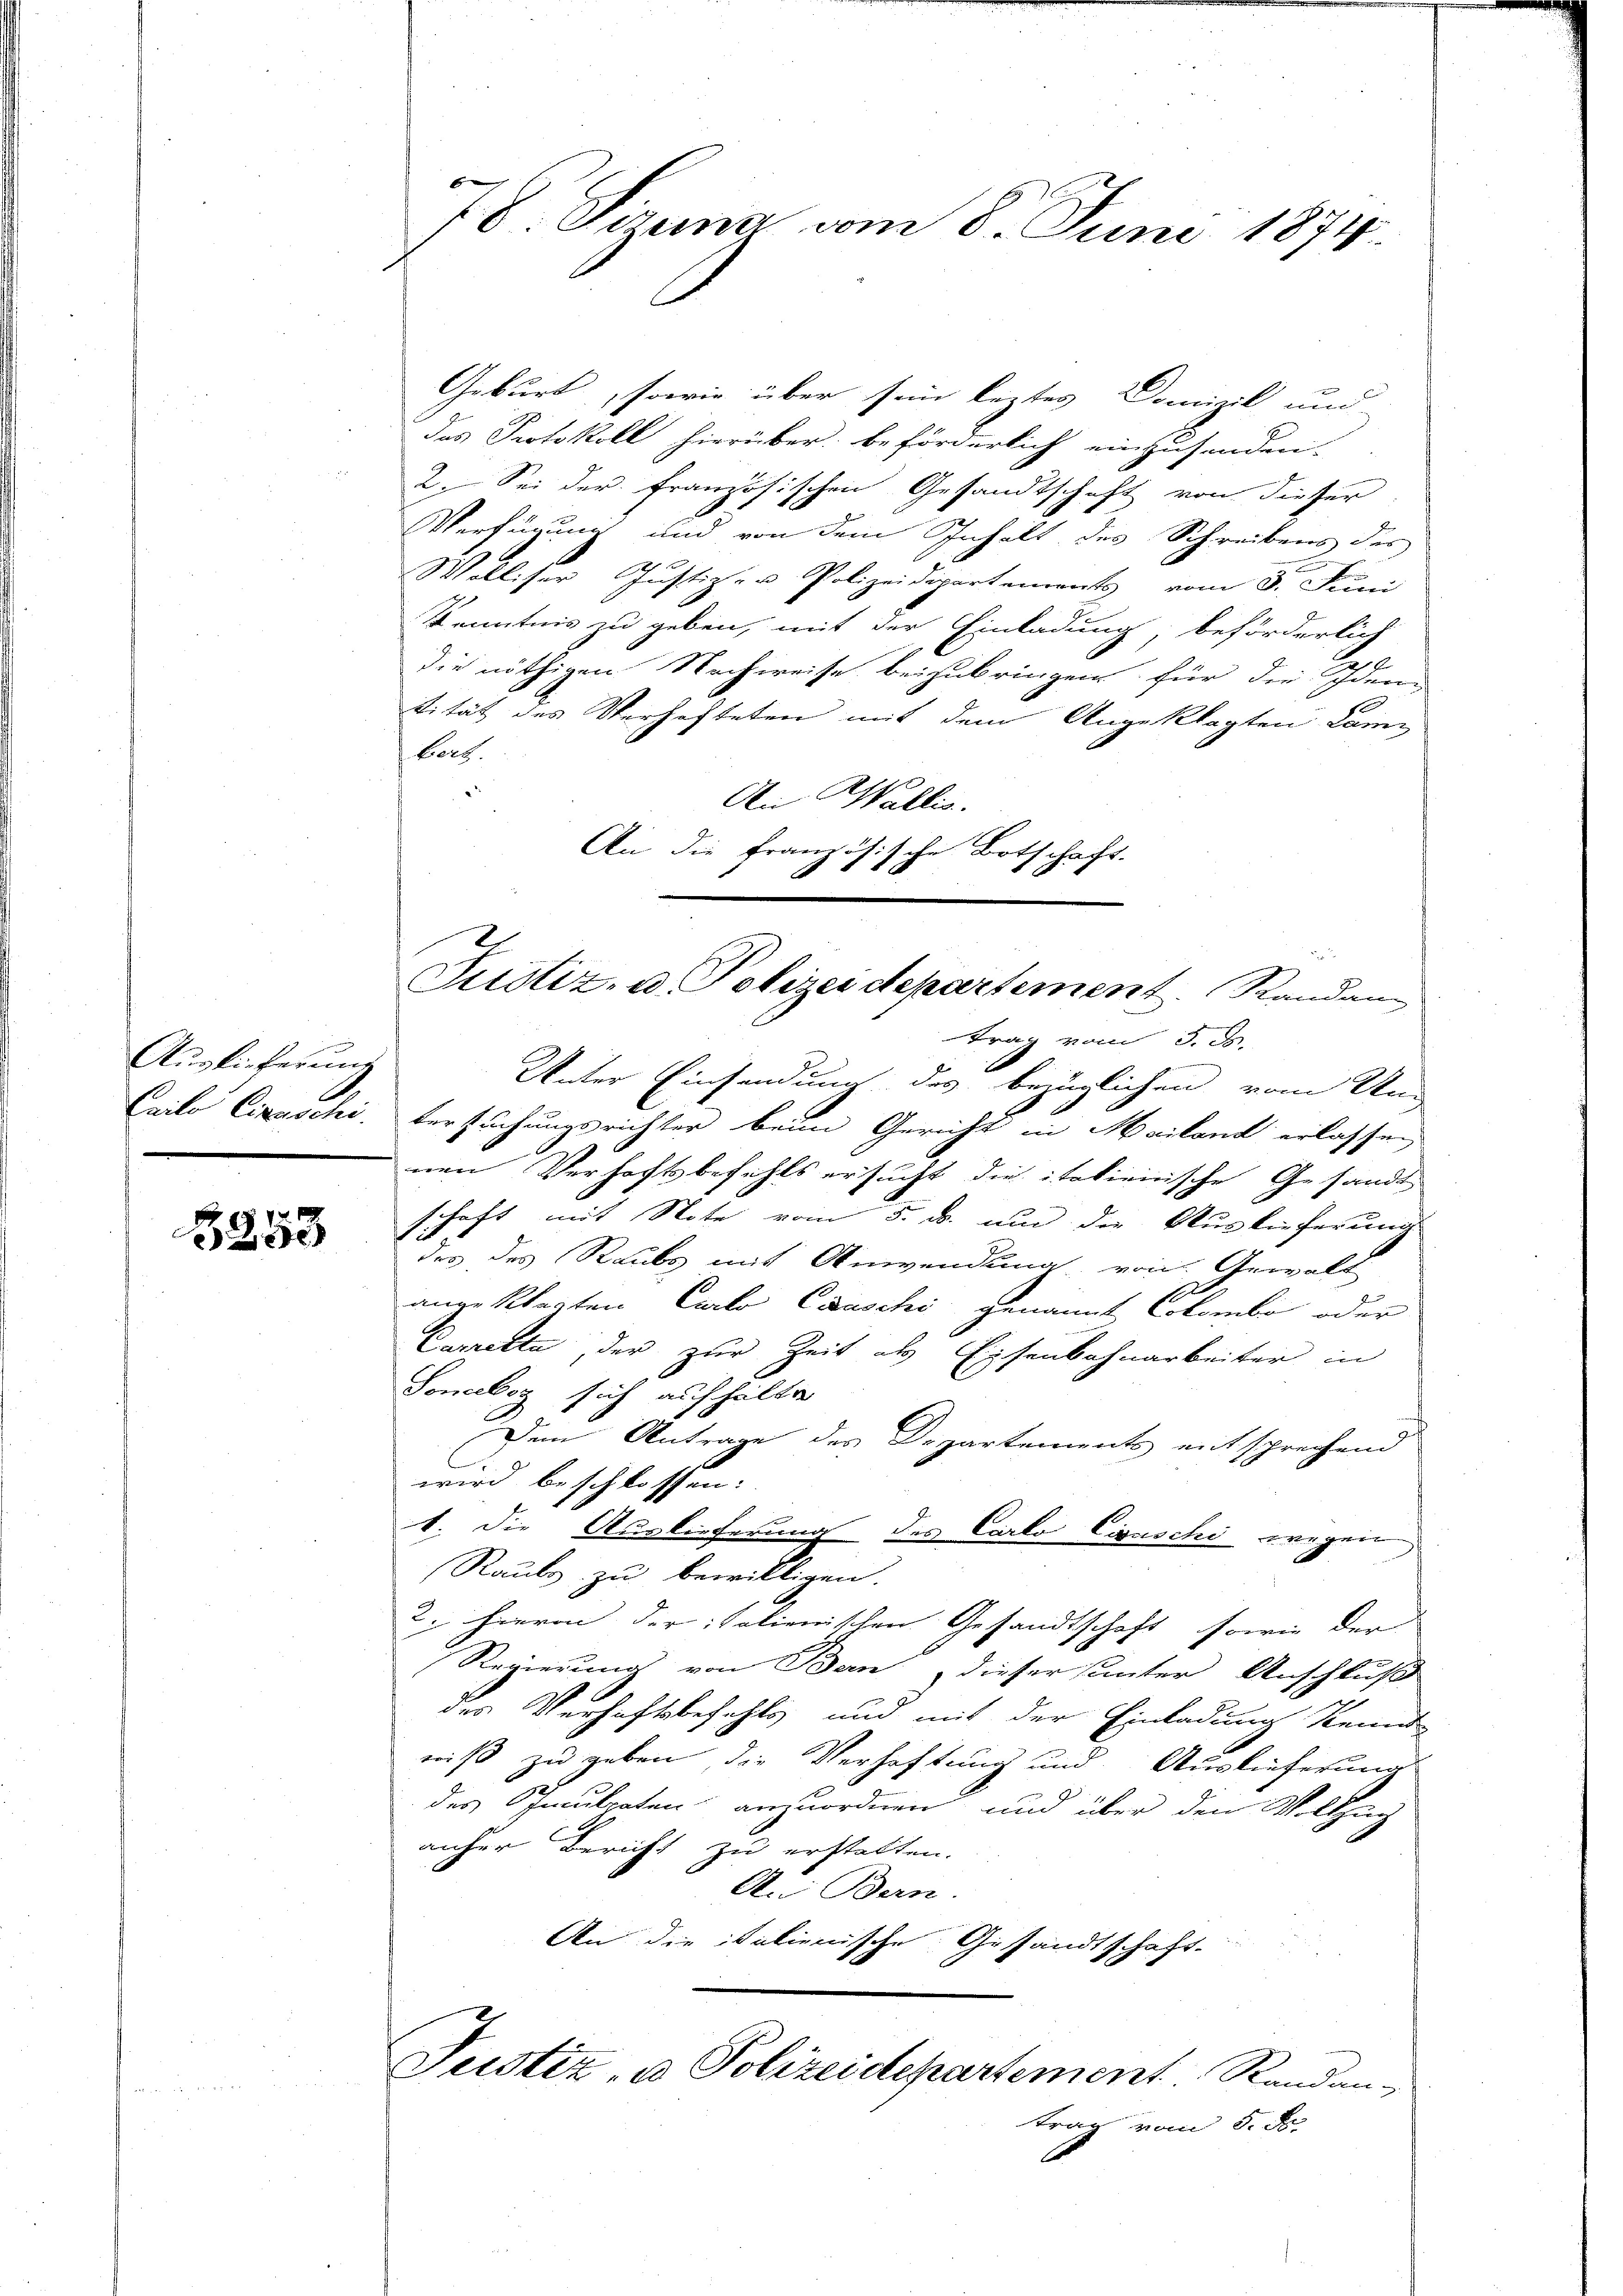
e
Auslieferung
Cailo Cigarchi

5258

78 Sizung vom 8. Juni 1874

Geburt, sowie über sein leztes Domizil und
das Protokoll hierüber beförderlich einzusenden.
2. Sei der französischen Gesandtschaft von dieser
Verfügung und von dem Inhalt des Schreibens des
E
Wolliser Justizer Polizeidepartements vom 3. Juni
Kenntnis zu geben, mit der Einladung, beförderlich
die nöthigen Nachweise beizubringen für die Iden
tität des Verhafteten mit dem Angeklagten Cami
bort.
An Wallis.
An die französische Botschaft.
Unter Einsendung des bezüglichen vom Un
tersuchungsrichter beim Gericht in Mailand erlassen
nen Verhaftsbefehls ersucht die italienische Gesandt
schaft mit Note vom 5. ds. um die Auslieferung
das des Raubs mit Anwendung von Gewalt
s
angeklagten Carlo Caaschi genannt Colombo oder
Carette der zur Zeit als Eisenbahnarbeiter in
Soneboz sich aufhalte
Dem Antrage des Departements entsprechend
wird beschlossen:
b. Die Auslieferung des Carlo Cisaschi wegen,
Raube zu bewilligen.
2. hievon der italienischen Gesandtschaft, sowie der
Regierung von Ban   dieser sunter Anschluß
des Verhaftsbefehls und mit der Einladung Kennt
niß zu geben die Verhaftung und Auslieferung
des Onculpaten anzuordnen, und über den Vollzug
anher Bericht zu erstatten.
An Bern.
An die italienische Gesandtschaft.
Justiz- u Polizeidepartement Randan-
trag vom 5. d.

Justiz- u. Polizeidepartement. Randan
trag vom 5. ds.